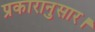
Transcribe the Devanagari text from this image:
प्रकारानुसार।